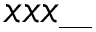
x x x \_